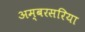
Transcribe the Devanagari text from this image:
अम्बरसरिया